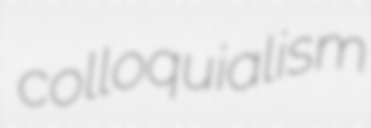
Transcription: colloquialism